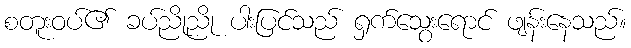
စတူးဝပ်၏ ခပ်ညိုညို ပါးပြင်သည် ရှက်သွေးရောင် ဖျန်းနေသည်။